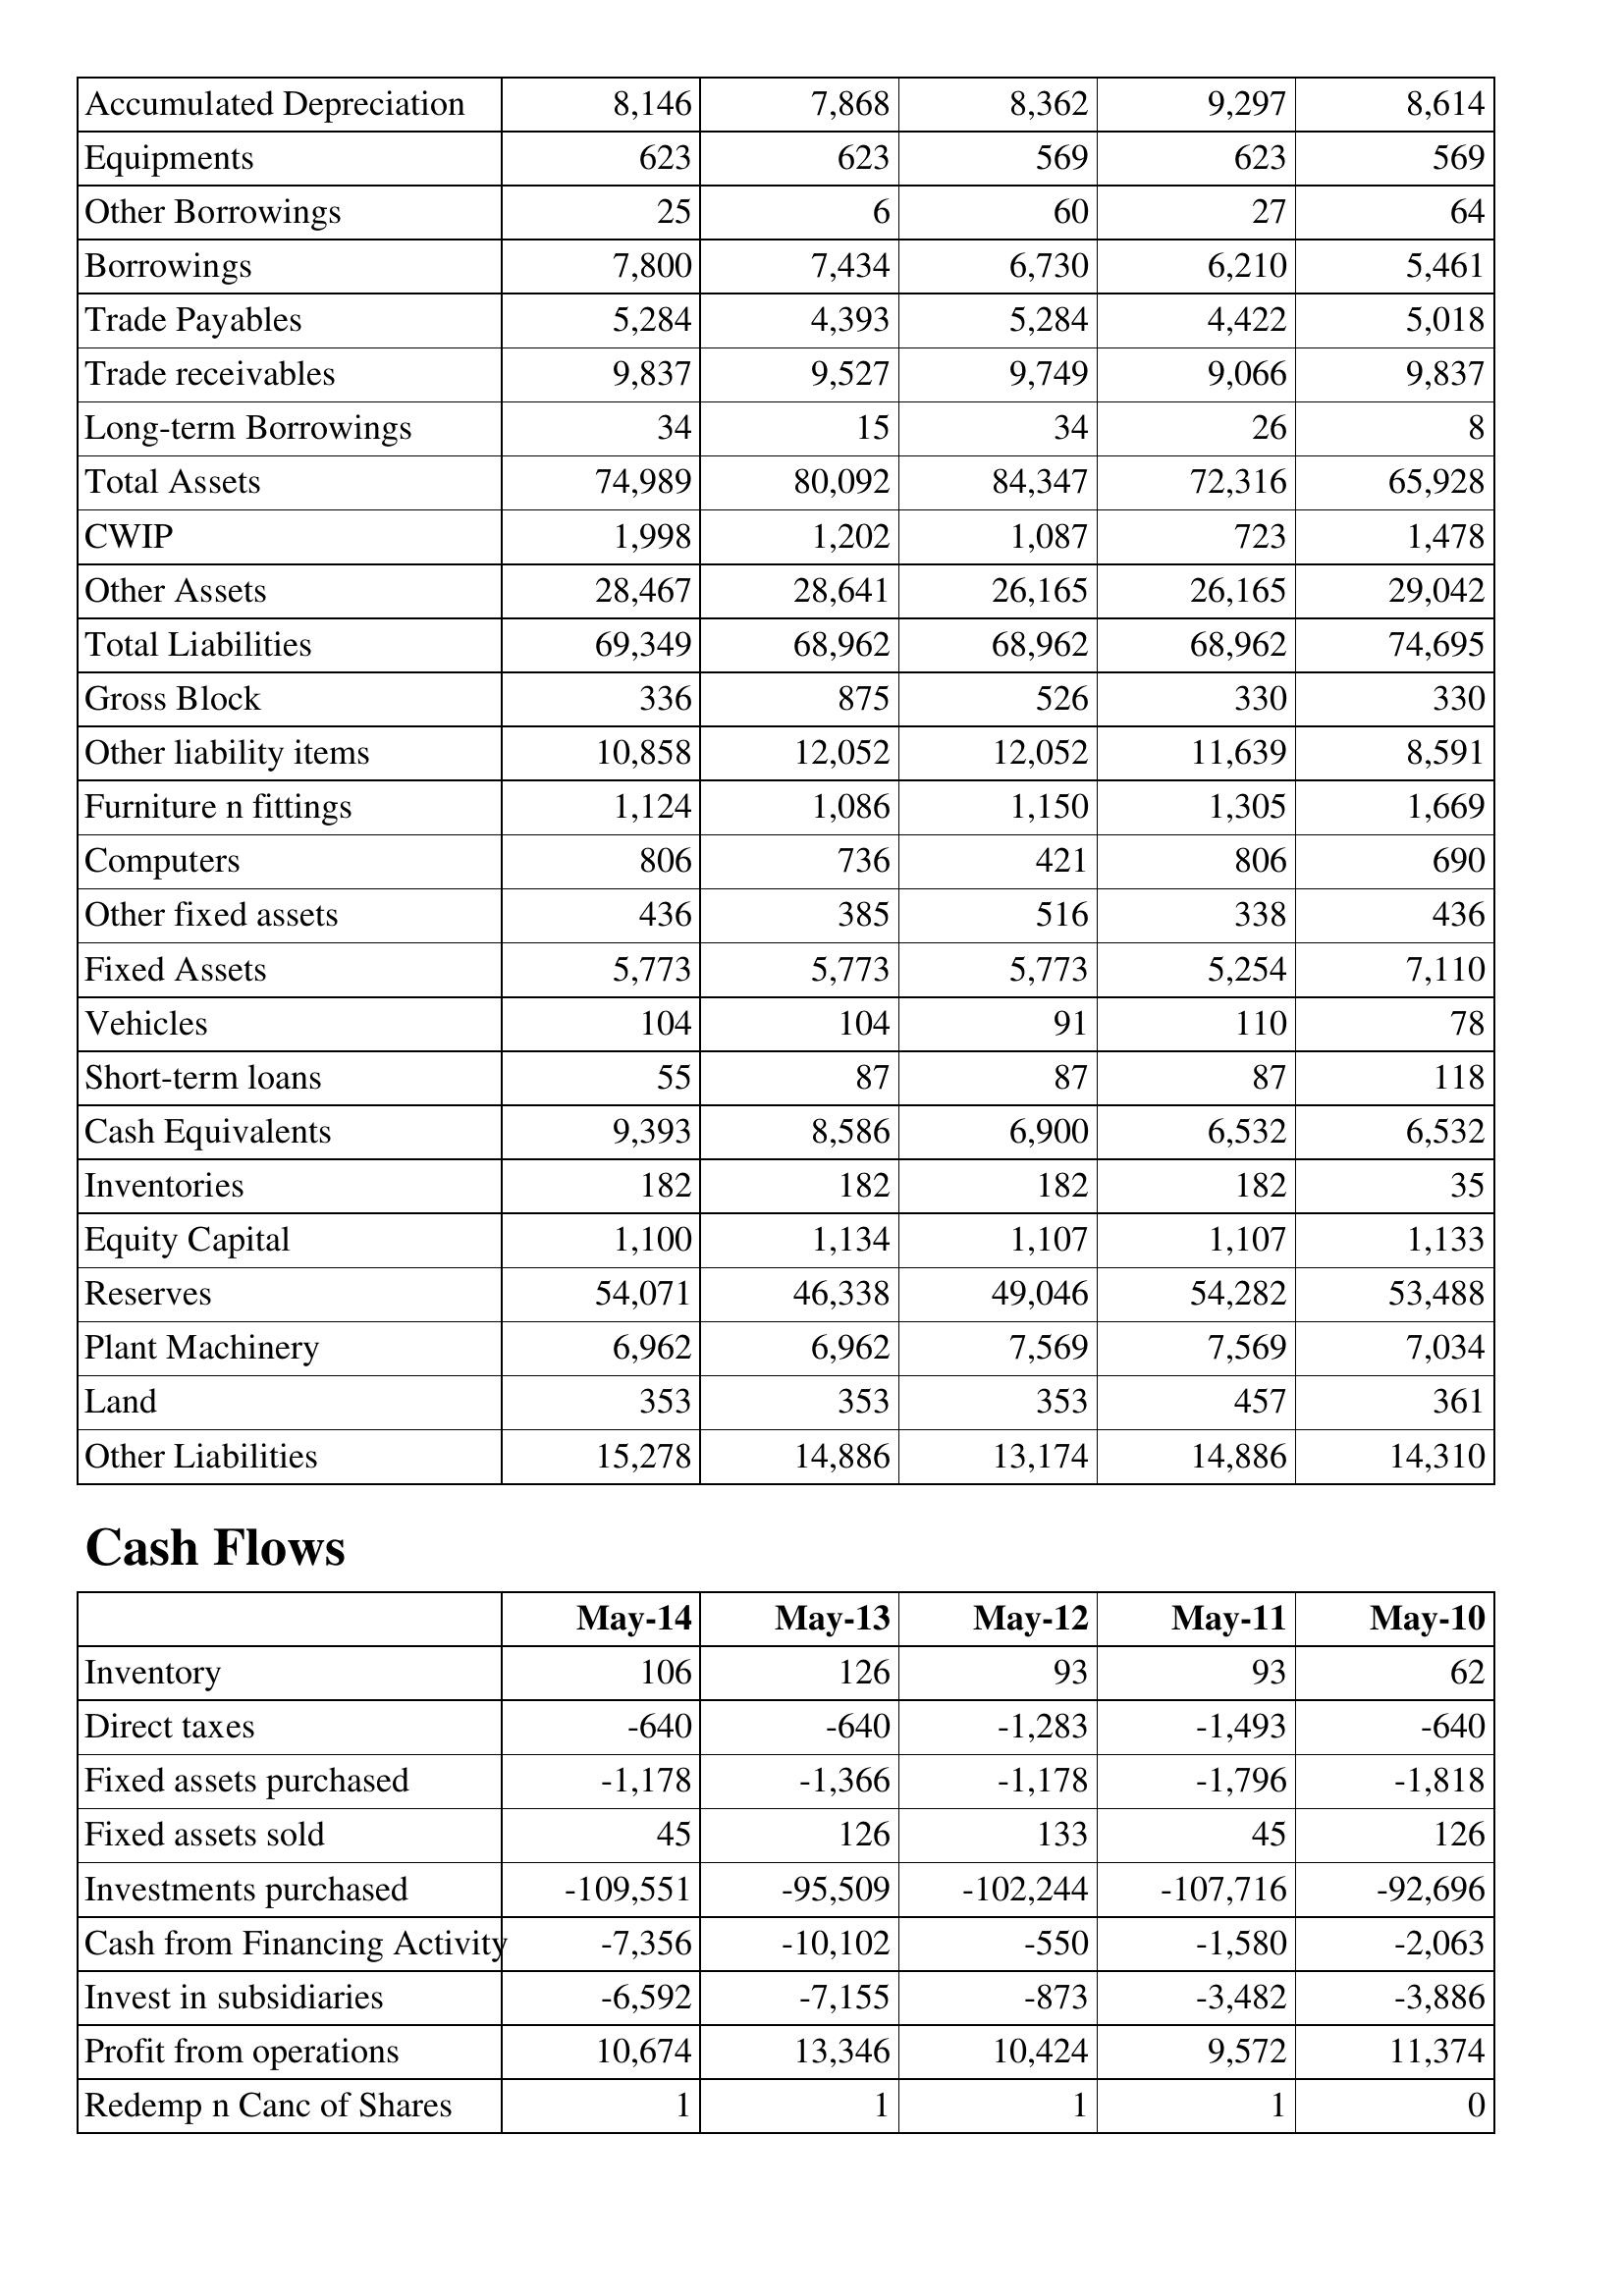
May-14: Balance Sheet: Accumulated Depreciation: 8,146
Equipments: 623
Other Borrowings: 25
Borrowings: 7,800
Trade Payables: 5,284
Trade receivables: 9,837
Long-term Borrowings: 34
Total Assets: 74,989
CWIP: 1,998
Other Assets: 28,467
Total Liabilities: 69,349
Gross Block: 336
Other liability items: 10,858
Furniture n fittings: 1,124
Computers: 806
Other fixed assets: 436
Fixed Assets: 5,773
Vehicles: 104
Short-term loans: 55
Cash Equivalents: 9,393
Inventories: 182
Equity Capital: 1,100
Reserves: 54,071
Plant Machinery: 6,962
Land: 353
Other Liabilities: 15,278
Cash Flows: Inventory: 106
Direct taxes: -640
Fixed assets purchased: -1,178
Fixed assets sold: 45
Investments purchased: -109,551
Cash from Financing Activity: -7,356
Invest in subsidiaries: -6,592
Profit from operations: 10,674
Redemp n Canc of Shares: 1
May-13: Balance Sheet: Accumulated Depreciation: 7,868
Equipments: 623
Other Borrowings: 6
Borrowings: 7,434
Trade Payables: 4,393
Trade receivables: 9,527
Long-term Borrowings: 15
Total Assets: 80,092
CWIP: 1,202
Other Assets: 28,641
Total Liabilities: 68,962
Gross Block: 875
Other liability items: 12,052
Furniture n fittings: 1,086
Computers: 736
Other fixed assets: 385
Fixed Assets: 5,773
Vehicles: 104
Short-term loans: 87
Cash Equivalents: 8,586
Inventories: 182
Equity Capital: 1,134
Reserves: 46,338
Plant Machinery: 6,962
Land: 353
Other Liabilities: 14,886
Cash Flows: Inventory: 126
Direct taxes: -640
Fixed assets purchased: -1,366
Fixed assets sold: 126
Investments purchased: -95,509
Cash from Financing Activity: -10,102
Invest in subsidiaries: -7,155
Profit from operations: 13,346
Redemp n Canc of Shares: 1
May-12: Balance Sheet: Accumulated Depreciation: 8,362
Equipments: 569
Other Borrowings: 60
Borrowings: 6,730
Trade Payables: 5,284
Trade receivables: 9,749
Long-term Borrowings: 34
Total Assets: 84,347
CWIP: 1,087
Other Assets: 26,165
Total Liabilities: 68,962
Gross Block: 526
Other liability items: 12,052
Furniture n fittings: 1,150
Computers: 421
Other fixed assets: 516
Fixed Assets: 5,773
Vehicles: 91
Short-term loans: 87
Cash Equivalents: 6,900
Inventories: 182
Equity Capital: 1,107
Reserves: 49,046
Plant Machinery: 7,569
Land: 353
Other Liabilities: 13,174
Cash Flows: Inventory: 93
Direct taxes: -1,283
Fixed assets purchased: -1,178
Fixed assets sold: 133
Investments purchased: -102,244
Cash from Financing Activity: -550
Invest in subsidiaries: -873
Profit from operations: 10,424
Redemp n Canc of Shares: 1
May-11: Balance Sheet: Accumulated Depreciation: 9,297
Equipments: 623
Other Borrowings: 27
Borrowings: 6,210
Trade Payables: 4,422
Trade receivables: 9,066
Long-term Borrowings: 26
Total Assets: 72,316
CWIP: 723
Other Assets: 26,165
Total Liabilities: 68,962
Gross Block: 330
Other liability items: 11,639
Furniture n fittings: 1,305
Computers: 806
Other fixed assets: 338
Fixed Assets: 5,254
Vehicles: 110
Short-term loans: 87
Cash Equivalents: 6,532
Inventories: 182
Equity Capital: 1,107
Reserves: 54,282
Plant Machinery: 7,569
Land: 457
Other Liabilities: 14,886
Cash Flows: Inventory: 93
Direct taxes: -1,493
Fixed assets purchased: -1,796
Fixed assets sold: 45
Investments purchased: -107,716
Cash from Financing Activity: -1,580
Invest in subsidiaries: -3,482
Profit from operations: 9,572
Redemp n Canc of Shares: 1
May-10: Balance Sheet: Accumulated Depreciation: 8,614
Equipments: 569
Other Borrowings: 64
Borrowings: 5,461
Trade Payables: 5,018
Trade receivables: 9,837
Long-term Borrowings: 8
Total Assets: 65,928
CWIP: 1,478
Other Assets: 29,042
Total Liabilities: 74,695
Gross Block: 330
Other liability items: 8,591
Furniture n fittings: 1,669
Computers: 690
Other fixed assets: 436
Fixed Assets: 7,110
Vehicles: 78
Short-term loans: 118
Cash Equivalents: 6,532
Inventories: 35
Equity Capital: 1,133
Reserves: 53,488
Plant Machinery: 7,034
Land: 361
Other Liabilities: 14,310
Cash Flows: Inventory: 62
Direct taxes: -640
Fixed assets purchased: -1,818
Fixed assets sold: 126
Investments purchased: -92,696
Cash from Financing Activity: -2,063
Invest in subsidiaries: -3,886
Profit from operations: 11,374
Redemp n Canc of Shares: 0